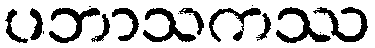
ပဘာသကဿ